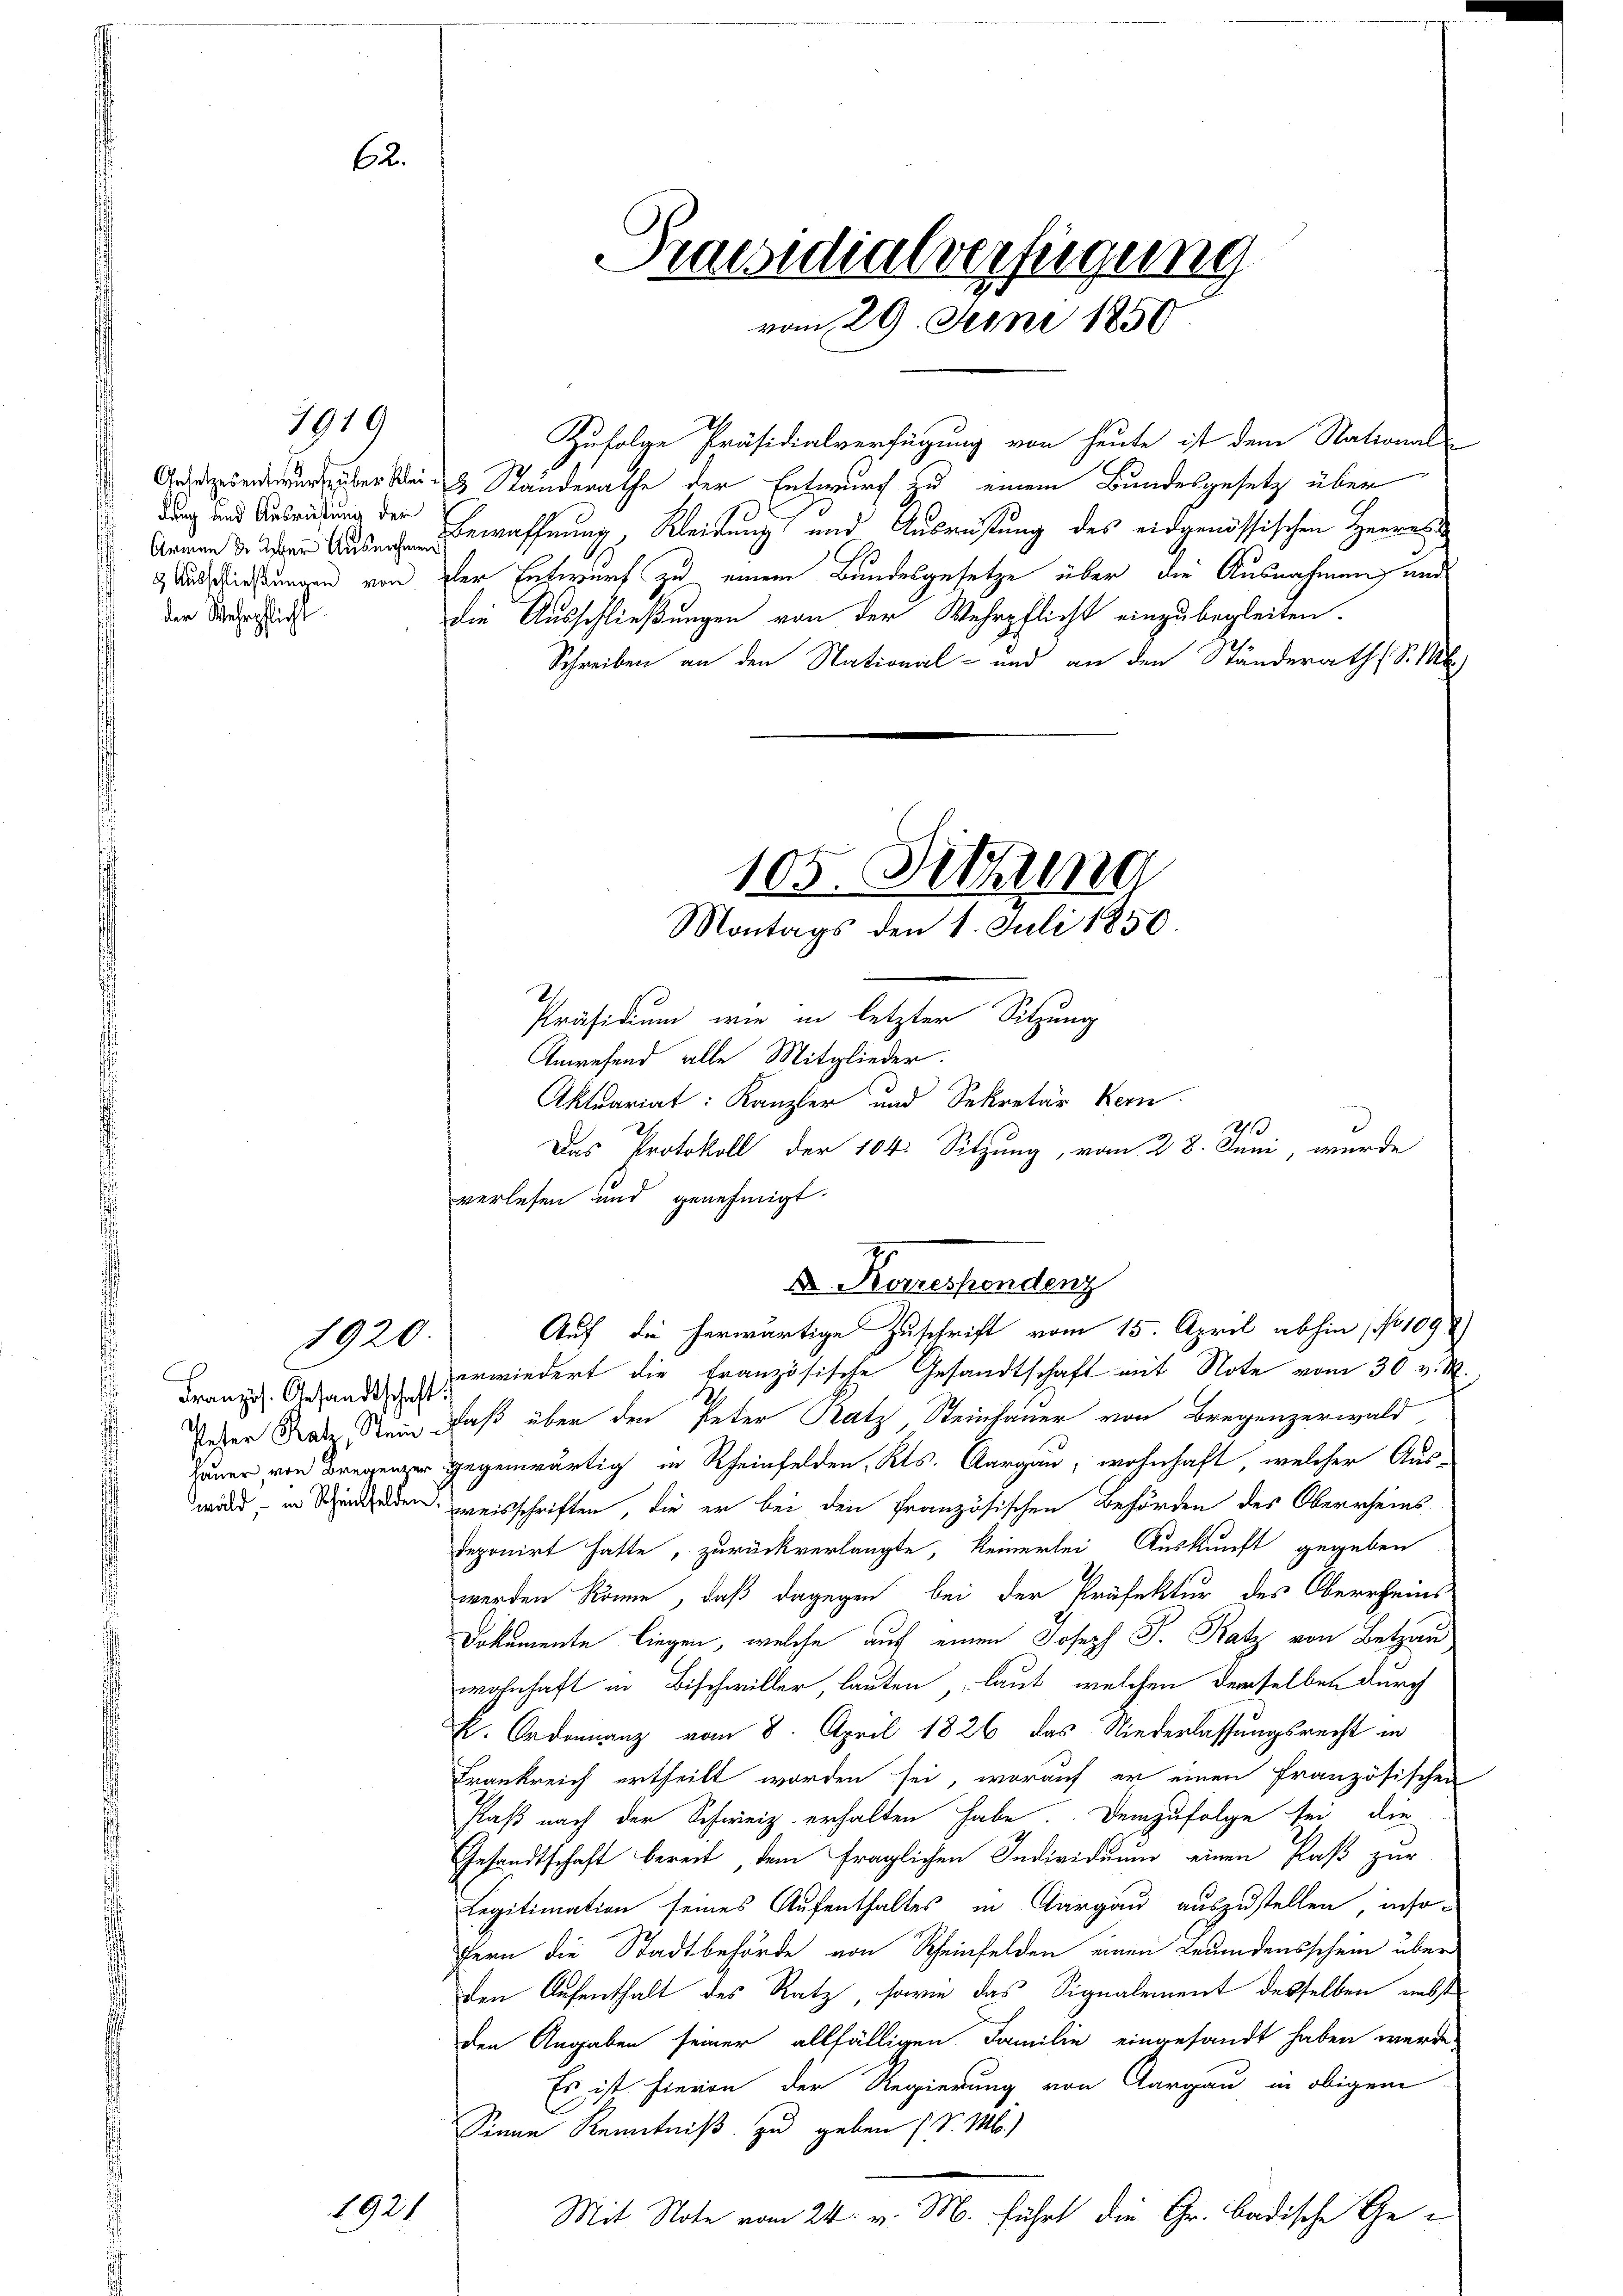
1919

62.

Armen der Ueber Ausnahmen
der Wehrpflicht.

1920.

Zufolge Präsidialverfügung von heute ist dem National-
Gesetzesendung über sein Ständerathe der Entwurf zu einem Bundesgesetz über
 Das und Antribung der Bewaffnung, Kleinung und Ausrüstung des eidgenössischen Herras
Andriessungen von der Entwurf zu einem Bundesgesetze über die Ausnahmung und
die Ausschließungen von der Wehrpflicht einzubegleiten.
Schreiben an den Stational- und an den Ständeraths S. M.)

1921

Das Protokoll der 104. Sitzung, vom 28. Juni, wurde
verlesen und genehmigt.
Franz. Gesandt verwiedert die Französische Gesandtschaft mit Note vom 30. v. M.
Peser Satz. Dein Faß über den Peter Ratz Steinhauer von Bregenzerwald
Zauer von Bregenzer gegenwärtig in Rheinfelden, Kts. Aargau, wohnhaft, welcher Aus-
wird, in Schinden weisschriften, die er bei den französischen Behörden des Oberrheins
deponirt hatte, zurückverlangte, keinerlei Auskunft gegeben
werden könne, daß dagegen bei der Präfektur des Oberrheins
Dokumente liegen, welche auf einen Joseph J. Katz von Betzau,
wohnhaft in Bischwiller, lauten, laut, welchen derselben durch
k. Ordinanz vom 8. April 1826 das Niederlassungsrecht in
Frankreich ertheilt worden sei, worauf er einen französischen
Plaß nach der Schweiz erhalten habe. Demzufolge sei, die
Gesandtschaft bereit, dem fraglichen Individuum einen Paß zur
Legitimation seines Aufenthaltes in Aargau auszustellen, insofern die Stadtbehörde von Scheinfelden einen Leumdensschein über
den Aufenthalt des Ratz, sowie das Signalement desselben nebst
den Angaben seiner allfälligen Familie eingesandt haben werde,
Es ist hievon der Regierung von Aargau in obigem
Sinne Kenntniß zu geben (S. M.)
Mit Note vom 24. v. M. führt die Gr. badische Ge¬

Präsidialverfügung
vom 29. Juni 1850

105. Setzung
Montags den 1. Juli 1850.

I.
A. Korrespondenz
Auf die herwärtige Zuschrift vom 15. April abhin, No 109

Präsidium wie in letzter Sitzung
Anwesend alle Mitglieder.
Aktuariat: Kanzler und Sekretär Kern